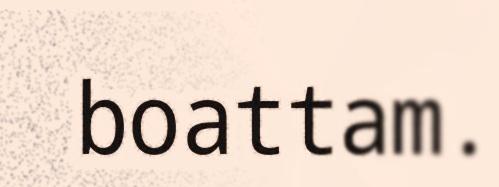
boattam.